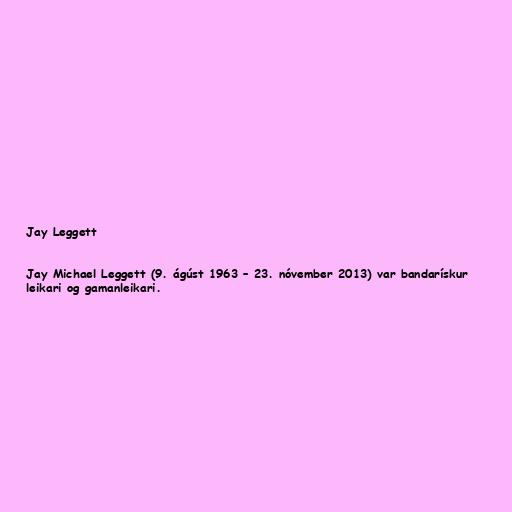
Jay Leggett

Jay Michael Leggett (9. ágúst 1963 – 23. nóvember 2013) var bandarískur
leikari og gamanleikari.